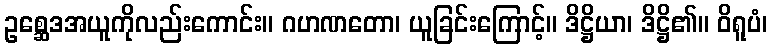
ဥစ္ဆေဒအယူကိုလည်းကောင်း။ ဂဟဏတော၊ ယူခြင်းကြောင့်။ ဒိဋ္ဌိယာ၊ ဒိဋ္ဌိ၏။ ဝိရူပံ၊